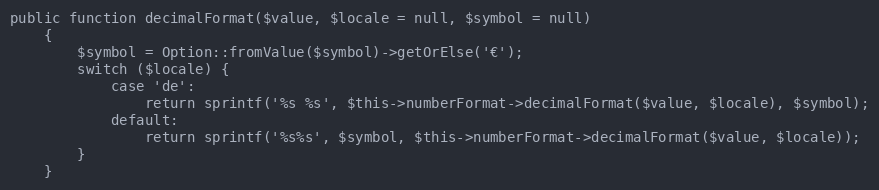
Language: PHP
public function decimalFormat($value, $locale = null, $symbol = null)
    {
        $symbol = Option::fromValue($symbol)->getOrElse('€');
        switch ($locale) {
            case 'de':
                return sprintf('%s %s', $this->numberFormat->decimalFormat($value, $locale), $symbol);
            default:
                return sprintf('%s%s', $symbol, $this->numberFormat->decimalFormat($value, $locale));
        }
    }